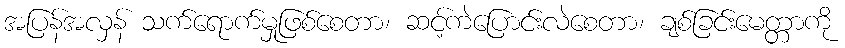
အပြန်အလှန် သက်ရောက်မှုဖြစ်စေတာ၊ ဆင့်ကဲပြောင်းလဲစေတာ၊ ချစ်ခြင်းမေတ္တာကို